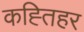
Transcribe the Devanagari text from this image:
कह्तिहर